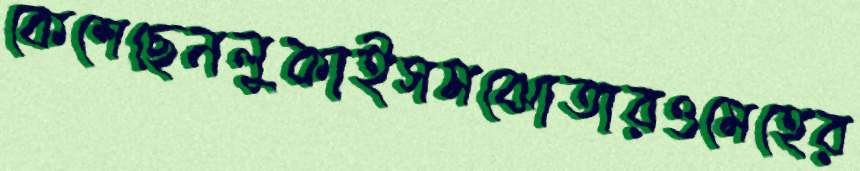
কেশেছেনলুকাইসমঝোতারওমেহের